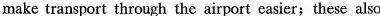
make transport through the airport easier;these also